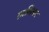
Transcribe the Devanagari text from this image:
ग़ालिबन